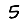
Digit: 5